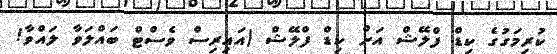
ކުރިމަގުގެ ކިޑް ފްލޭޝް އަށް ކިޑް ފްލޭޝް (އައިރިސް ވެސްޓް ބައްލަވާ ލައްވާ!